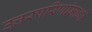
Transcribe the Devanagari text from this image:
उत्तरपरिणांमाध्ये